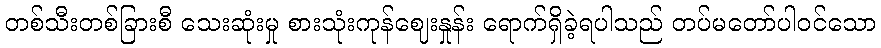
တစ်သီးတစ်ခြားစီ သေးဆုံးမှု စားသုံးကုန်ဈေးနှုန်း ရောက်ရှိခဲ့ရပါသည် တပ်မတော်ပါဝင်သော